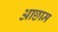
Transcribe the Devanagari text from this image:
आछाम